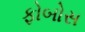
ફોબોસ